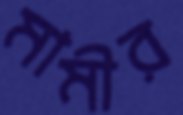
মামীর